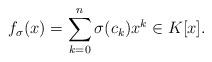
LaTeX: \begin{align*}f_{\sigma}(x) = \sum_{k=0}^n \sigma( c_k) x^k \in K[x]. \end{align*}